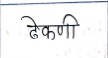
मजकूर: ढेकणी